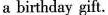
a birthday gift.